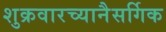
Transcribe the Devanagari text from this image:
शुक्रवारच्यानैसर्गिक